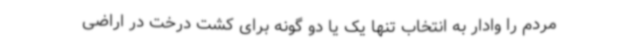
مردم را وادار به انتخاب تنها یک یا دو گونه برای کشت درخت در اراضی